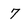
Character: 7